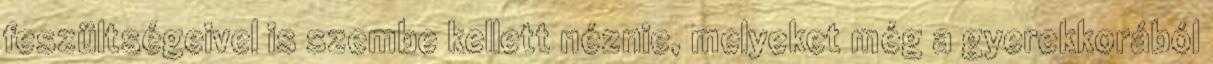
feszültségeivel is szembe kellett néznie, melyeket még a gyerekkorából